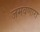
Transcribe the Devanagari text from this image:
जमवणारा